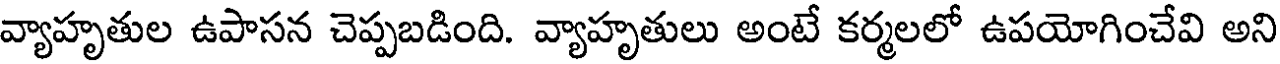
వ్యాహృతుల ఉపాసన చెప్పబడింది. వ్యాహృతులు అంటే కర్మలలో ఉపయోగించేవి అని